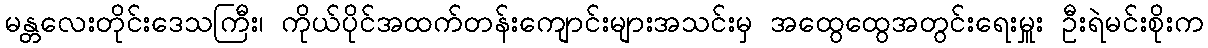
မန္တလေးတိုင်းဒေသကြီး၊ ကိုယ်ပိုင်အထက်တန်းကျောင်းများအသင်းမှ အထွေထွေအတွင်းရေးမှူး ဦးရဲမင်းစိုးက